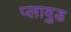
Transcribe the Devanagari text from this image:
प्लावुड